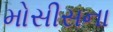
મોસીસના